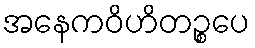
အနေကဝိဟိတဉ္စပေ